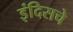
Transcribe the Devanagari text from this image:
इंदिसचे